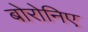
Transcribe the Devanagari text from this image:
बोरोनिए